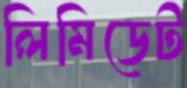
লিমিডেট